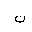
Letter: _non